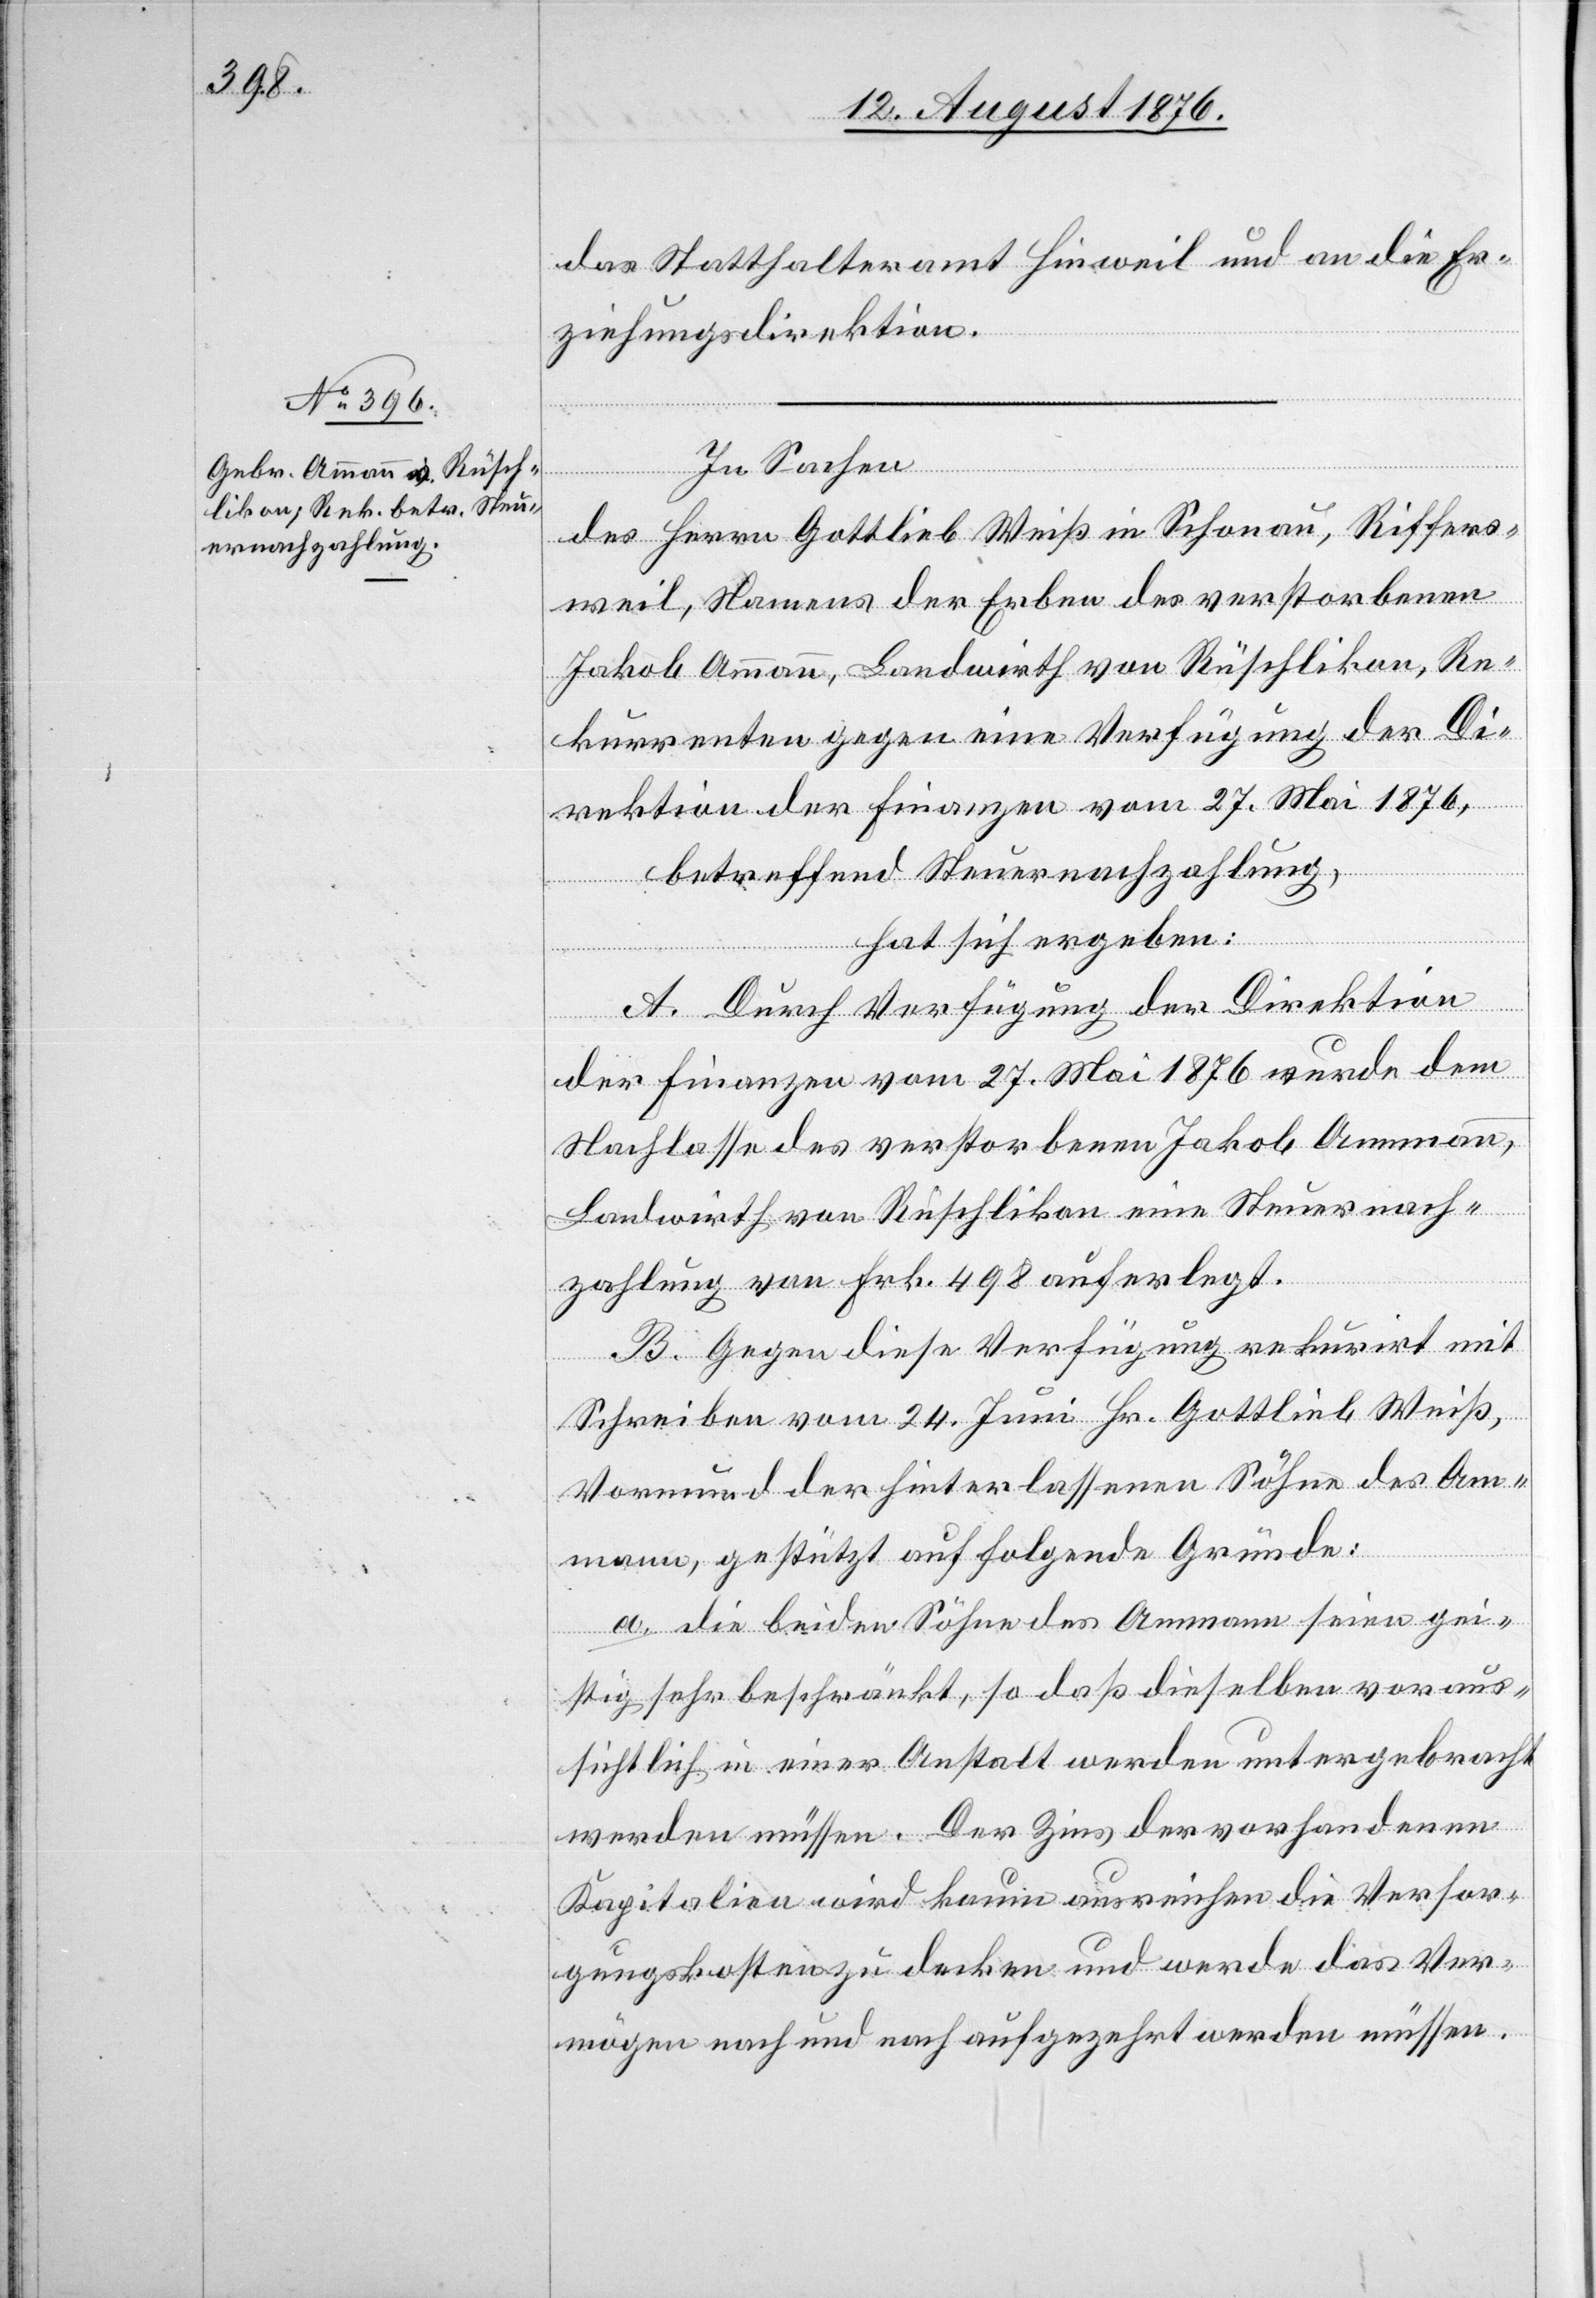
das Statthalteramt Hinweil und an die Er¬
ziehungsdirektion.
In Sachen
des Herrn Gottlieb Weiß in Schonau, Riffers¬
weil, Namens der Erben des verstorbenen
Jakob Ammann, Landwirth von Rüschlikon, Re¬
kurrenten gegen eine Verfügung der Di¬
rektion der Finanzen vom 27. Mai 1876,
betreffend Steuernachzahlung,
hat sich ergeben:
A. Durch Verfügung der Direktion
der Finanzen vom 27. Mai 1876 wurde dem
Nachlasse des verstorbenen Jakob Ammann,
Landwirth von Rüschlikon eine Steuernach¬
zahlung von Frk. 498 auferlegt.
B. Gegen diese Verfügung rekurrirt mit
Schreiben vom 24. Juni Hr. Gottlieb Weiß,
Vormund der hinterlassenen Söhne des Am¬
mann, gestützt auf folgende Gründe:
a. die beiden Söhne des Ammann seien gei¬
stig sehr beschränkt, so daß dieselben voraus¬
sichtlich in einer Anstalt werden untergebracht
werden müssen. Der Zins der vorhandenen
Kapitalien wird kaum ausreichen die Versor¬
gungskosten zu decken und werde das Ver¬
mögen nach und nach aufgezehrt werden müssen.